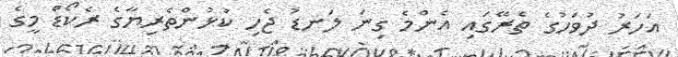
އަހަރު ދުވަހުގެ ތެރޭގައި އެންމެ ގިނަ ލަނޑު ޖެހި ކުޅުންތެރިޔާގެ ރެކޯޑް މީގެ